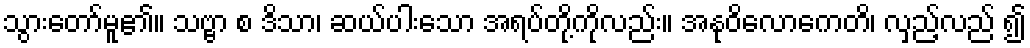
သွားတော်မူ၏။ သဗ္ဗာ စ ဒိသာ၊ ဆယ်ပါးသော အရပ်တို့ကိုလည်း။ အနုဝိလောကေတိ၊ လှည့်လည် ၍